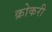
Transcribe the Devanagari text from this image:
क्रोकरी